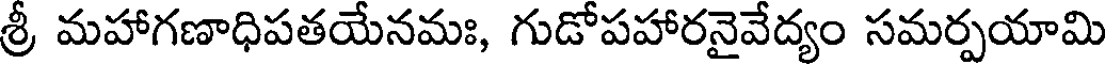
శ్రీ మహాగణాధిపతయేనమః, గుడోపహారనైవేద్యం సమర్పయామి